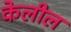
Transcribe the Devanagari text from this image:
केलील